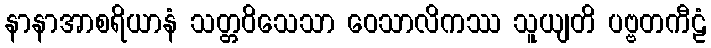
နာနာအာစရိယာနံ သတ္တဝိသေသာ ဝေသာလိကဿ သူယျတိ ပဗ္ဗတကီဠံ